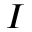
I